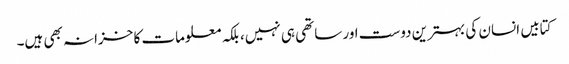
کتابیں انسان کی بہترین دوست اور ساتھی ہی نہیں، بلکہ معلومات کا خزانہ بھی ہیں۔